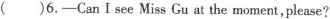
( )6.—Can I see Miss Gu at the moment, please?